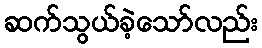
ဆက်သွယ်ခဲ့သော်လည်း